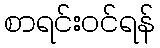
စာရင်းဝင်ရန်